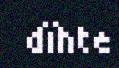
dïhte